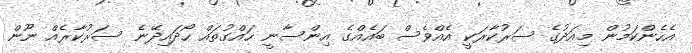
އެހެންކަމުން މިއަދުގެ ސަރުކާރަކީ އެއްވެސް ބައެއްގެ އިންސާނީ ހައްގުތައް ހޯދައިދޭނެ ސަރުކާރެއް ނޫން